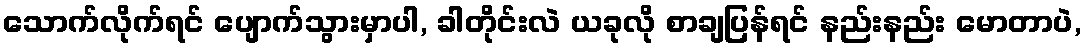
သောက်လိုက်ရင် ပျောက်သွားမှာပါ, ခါတိုင်းလဲ ယခုလို စာချပြန်ရင် နည်းနည်း မောတာပဲ,